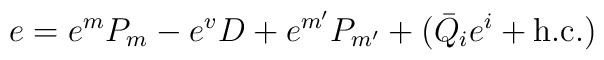
e = e^m P_m - e^v D + e^{m'} P_{m'} + (\bar Q_i e^i + \mbox{h.c.})\,